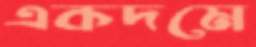
একদমে